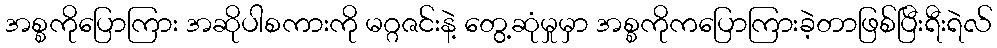
အစ္စကိုပြောကြား အဆိုပါစကားကို မဂ္ဂဇင်းနဲ့ တွေ့ဆုံမှုမှာ အစ္စကိုကပြောကြားခဲ့တာဖြစ်ပြီးရီးရဲလ်